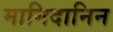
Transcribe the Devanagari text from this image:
मानिदानिन